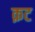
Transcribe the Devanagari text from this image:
क़ट